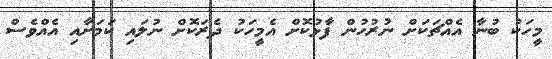
މީހަކު ބުނާ އެއްޗަކަށް ނުރުހުން ފާޅުކޮށް އެމީހަކު ދެރަކޮށް ނުލައި ކަމަށާއި އެއްވެސް